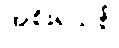
အစိုးရသစ်